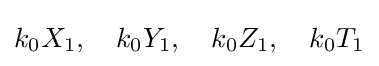
k_{0}X_{1},\quad k_{0}Y_{1},\quad k_{0}Z_{1},\quad k_{0}T_{1}